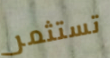
تستثمر